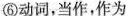
⑥动词，当作，作为